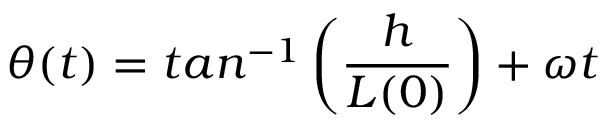
\theta ( t ) = t a n ^ { - 1 } \left( \frac { h } { L ( 0 ) } \right) + \omega t